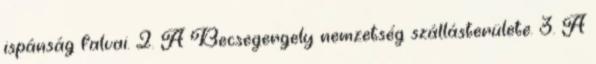
ispánság falvai. 2. A Becsegergely nemzetség szállásterülete. 3. A